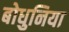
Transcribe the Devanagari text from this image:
बोधुनिया